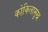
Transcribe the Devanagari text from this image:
कोकिलामुख